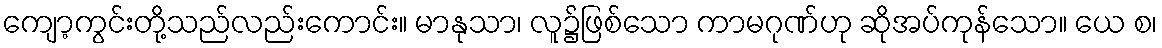
ကျော့ကွင်းတို့သည်လည်းကောင်း။ မာနုသာ၊ လူ၌ဖြစ်သော ကာမဂုဏ်ဟု ဆိုအပ်ကုန်သော။ ယေ စ၊